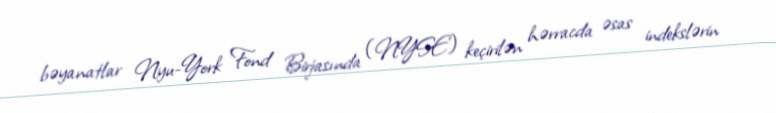
bəyanatlar Nyu-York Fond Birjasında (NYSE) keçirilən hərracda əsas indekslərin